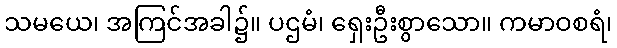
သမယေ၊ အကြင်အခါ၌။ ပဌမံ၊ ရှေးဦးစွာသော။ ကမာဝစရံ၊